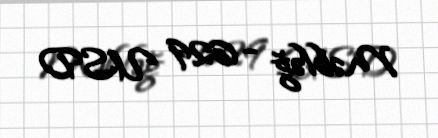
Məbləğ - 629 USD